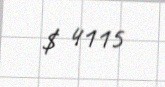
$ 4115